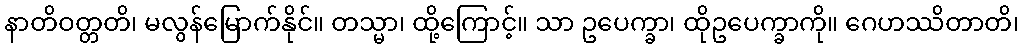
နာတိဝတ္တတိ၊ မလွန်မြောက်နိုင်။ တသ္မာ၊ ထို့ကြောင့်။ သာ ဥပေက္ခာ၊ ထိုဥပေက္ခာကို။ ဂေဟဿိတာတိ၊